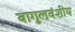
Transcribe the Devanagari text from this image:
बागुलवंशीय